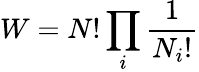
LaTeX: W=N!\prod_{i}{\frac{1}{N_{i}!}}